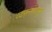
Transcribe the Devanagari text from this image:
व्यसनांपासून